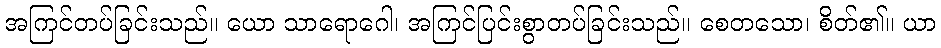
အကြင်တပ်ခြင်းသည်။ ယော သာရောဂေါ၊ အကြင်ပြင်းစွာတပ်ခြင်းသည်။ စေတသော၊ စိတ်၏။ ယာ